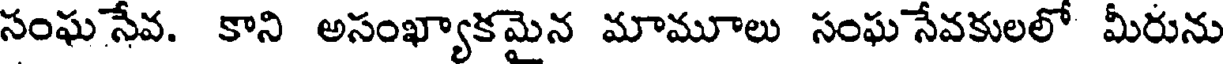
సంఘ సేవ. కాని అసంఖ్యాకమైన మామూలు సంఘ సేవకులలో మీరును